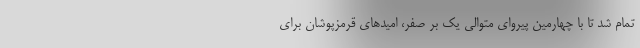
تمام شد تا با چهارمین پیروای متوالی یک بر صفر، امیدهای قرمزپوشان برای